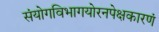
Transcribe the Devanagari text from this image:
संयोगविभागयोरनपेक्षकारणं